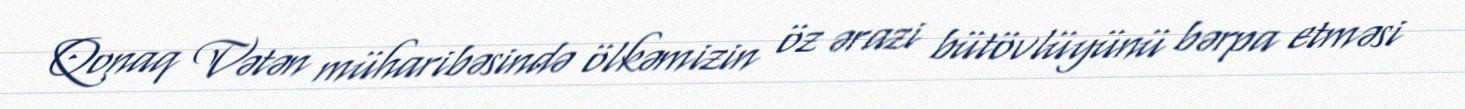
Qonaq Vətən müharibəsində ölkəmizin öz ərazi bütövlüyünü bərpa etməsi